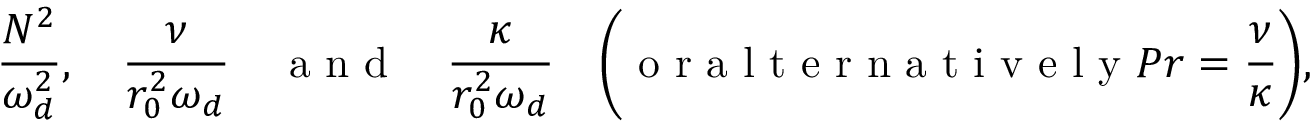
\frac { N ^ { 2 } } { \omega _ { d } ^ { 2 } } , ~ ~ ~ \frac { \nu } { r _ { 0 } ^ { 2 } \omega _ { d } } ~ ~ ~ \textrm { a n d } ~ ~ ~ \frac { \kappa } { r _ { 0 } ^ { 2 } \omega _ { d } } ~ ~ ~ \bigg ( \textrm { o r a l t e r n a t i v e l y } P r = \frac { \nu } { \kappa } \bigg ) ,